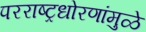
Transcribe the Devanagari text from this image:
परराष्ट्रधोरणांमुळे